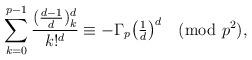
LaTeX: \begin{align*}\sum_{k=0}^{p-1}\frac{(\frac{d-1}{d})_k^d}{k!^d}\equiv-\Gamma_p\big(\tfrac 1d\big)^d\pmod{p^2},\end{align*}